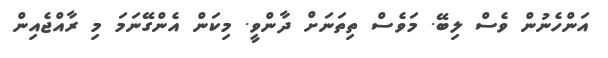
އަންހެނުން ވެސް ލިބޭ. މަވެސް ތިތަނަށް ދާންވީ. މިކަން އެންގޭނަމަ މި ރާއްޖެއިން